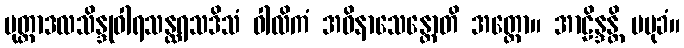
မုတ္တာဒလသိန္ဒုဝါရသန္ထရသဒိသံ ဝါလိကံ အဝိနာသေန္တောတိ အတ္ထော။ အာဠိန္ဒန္တိ ပမုခံ။